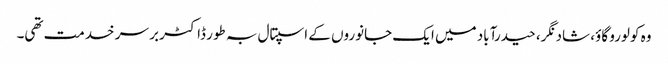
وہ کولورو گاؤ، شاد نگر، حیدرآباد میں ایک جانوروں کے اسپتال بہ طور ڈاکٹر بر سر خدمت تھی۔